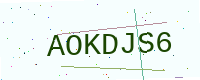
Text: AOKDJS6